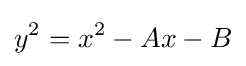
y^{2}=x^{2}-Ax-B